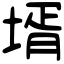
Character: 壻